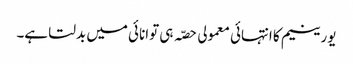
یورینیم کا انتہائی معمولی حصّہ ہی توانائی میں بدلتا ہے۔